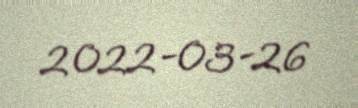
2022-03-26